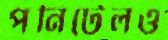
পনিটেলও